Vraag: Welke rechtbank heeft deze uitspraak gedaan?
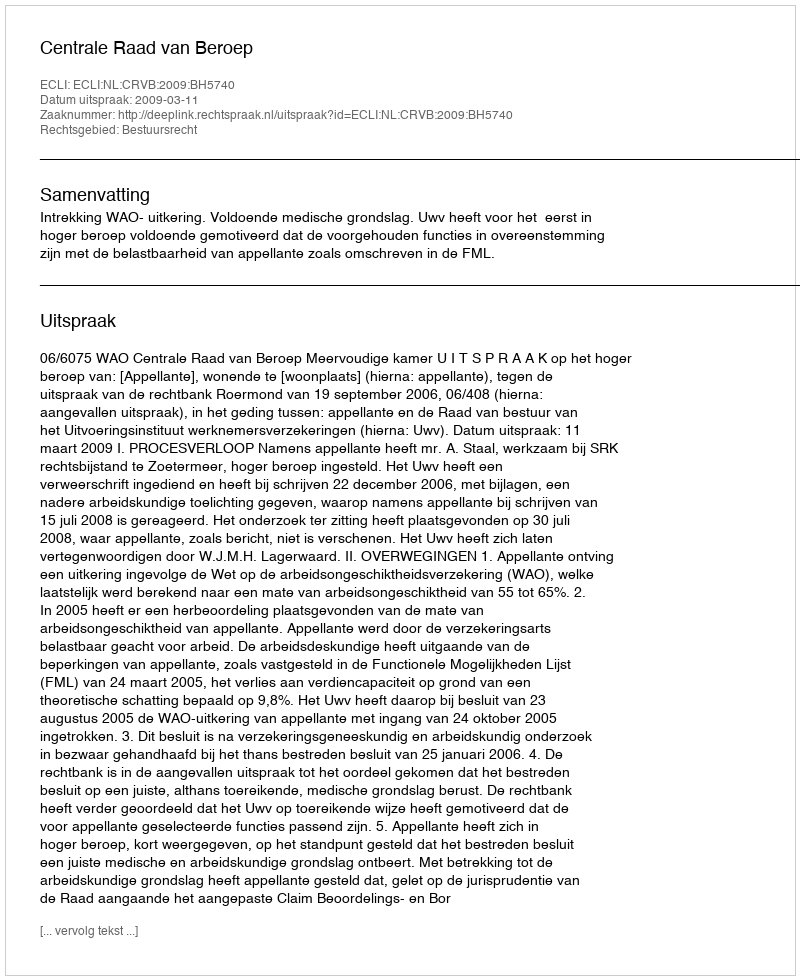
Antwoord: Centrale Raad van Beroep